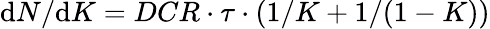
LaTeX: \mathrm{d}N/{\mathrm{d}K}=DCR\cdot\tau\cdot\left({1}/{K}+{1}/({1-K})\right)